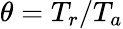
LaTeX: \theta=T_{r}/T_{a}